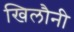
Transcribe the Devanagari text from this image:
खिलौनी